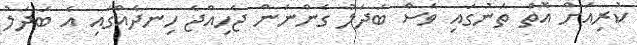
ކުރިއަށް އޮތް ތަނުގައި ވެސް ބަދަލު ގެންނަން ޖެހިއްޖެ ހިނދެއްގައި އެ ބަދަލު